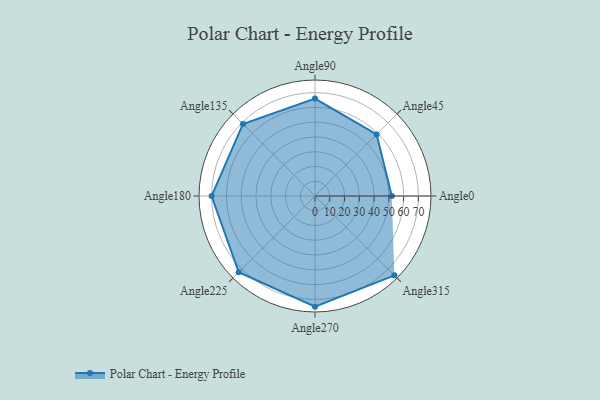
{"axis": {"x": "Angle", "y": "Radius"}, "legend": [""], "data": [{"x": "Angle0", "y": 52.0, "type": ""}, {"x": "Angle45", "y": 59.0, "type": ""}, {"x": "Angle90", "y": 66.0, "type": ""}, {"x": "Angle135", "y": 69.0, "type": ""}, {"x": "Angle180", "y": 70.0, "type": ""}, {"x": "Angle225", "y": 73.0, "type": ""}, {"x": "Angle270", "y": 75.0, "type": ""}, {"x": "Angle315", "y": 76.0, "type": ""}]}